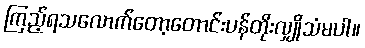
ကြည့်ရသလောက်တော့တောင်းပန်တိုးလျှိုသံမပါ။